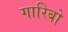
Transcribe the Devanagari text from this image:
गारिबो